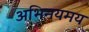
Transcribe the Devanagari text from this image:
अभिनयमय